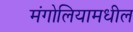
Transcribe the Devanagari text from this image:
मंगोलियामधील